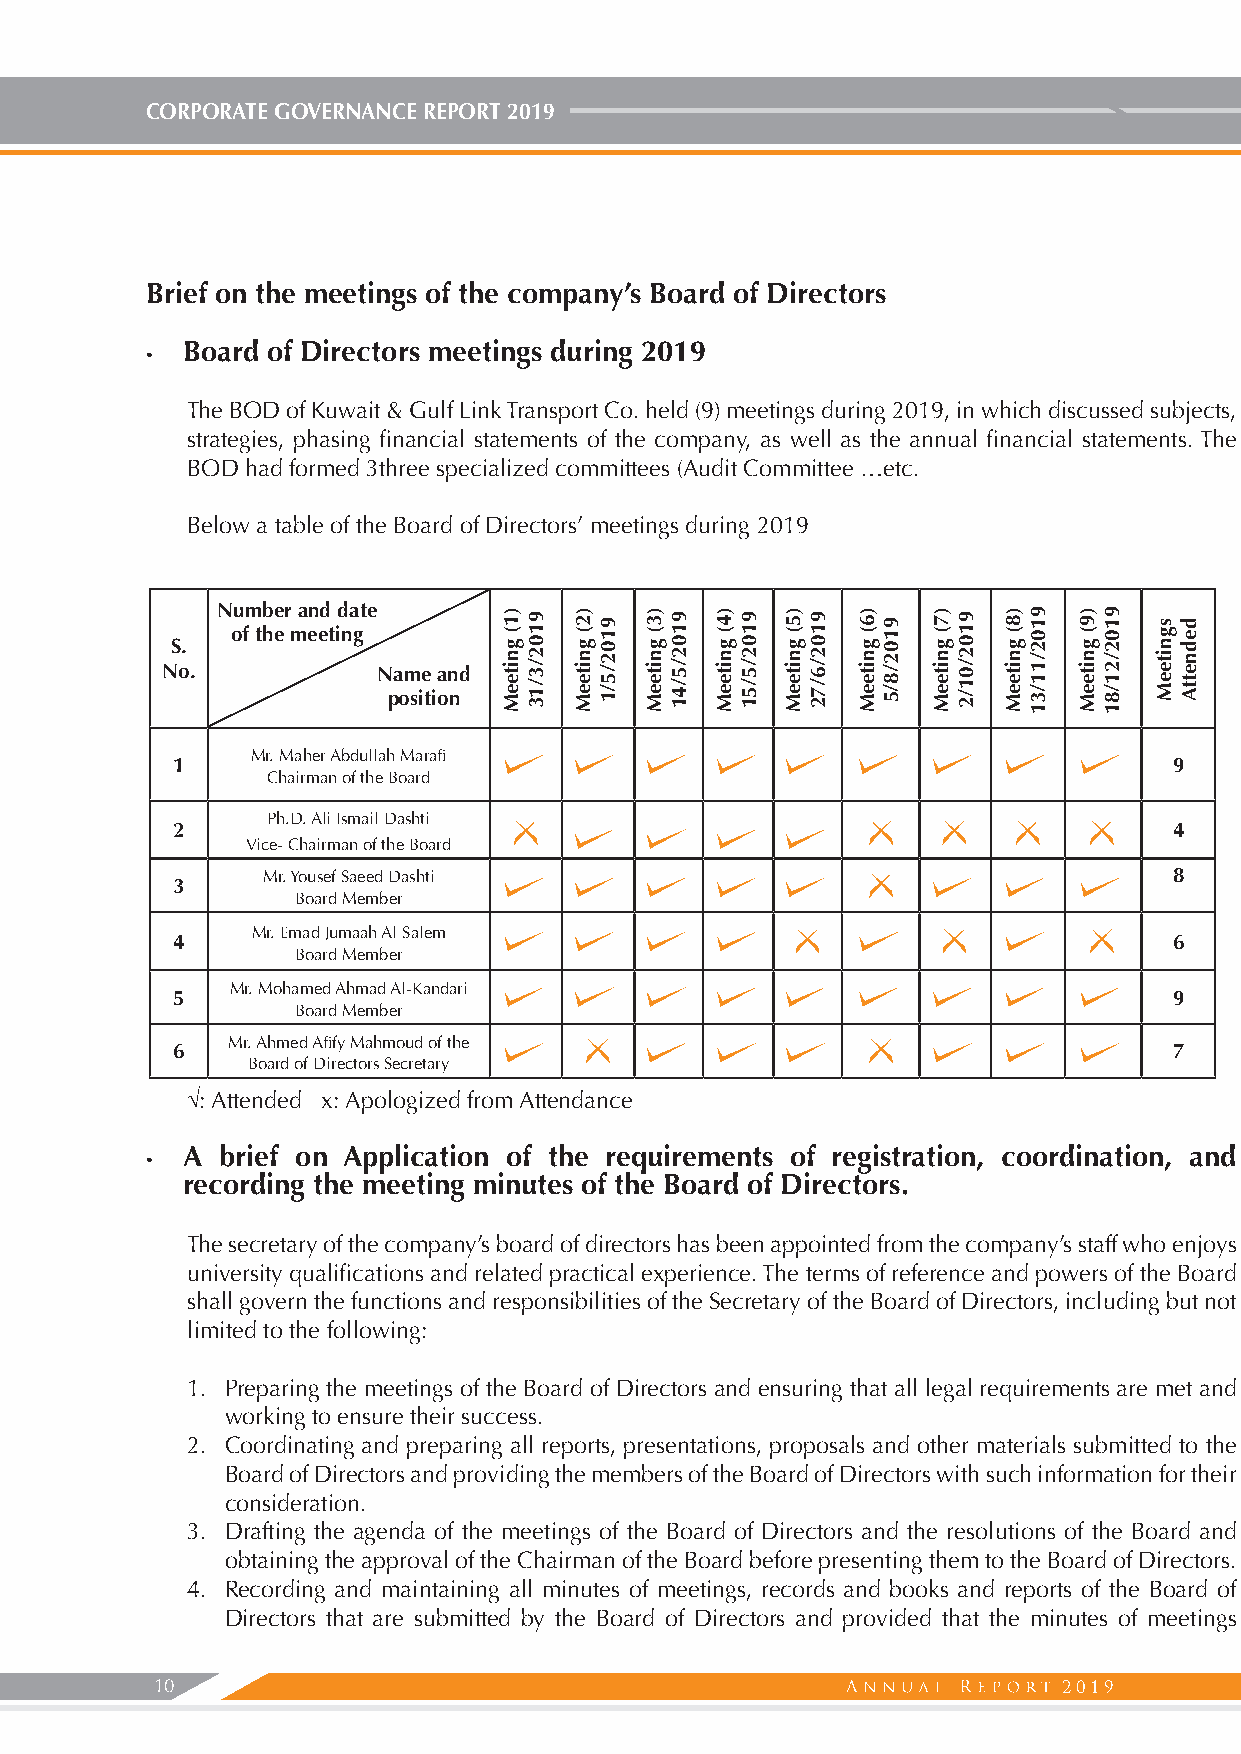
CORPORATE GOVERNANCE REPORT 2019
 Brief on the meetings of the company’s Board of Directors
 Board of Directors meetings during 2019
 •
 The BOD of Kuwait & Gulf Link Transport Co. held (9) meetings during 2019, in which discussed subjects,
 strategies, phasing financial statements of the company, as well as the annual financial statements. The
 BOD had formed 3three specialized committees (Audit Committee …etc.
 Below a table of the Board of Directors’ meetings during 2019
 Number and date
 of the meeting
 S.
 No.           Name and
 position
 Mr. Maher Abdullah Marafi
 1                                                                  9
 Chairman of the Board
 Ph.D. Ali Ismail Dashti
 2                                                                  4
 Vice- Chairman of the Board
 Mr. Yousef Saeed Dashti                                      8
 3
 Board Member
 Mr. Emad Jumaah Al Salem
 4                                                                  6
 Board Member
 Mr. Mohamed Ahmad Al-Kandari
 5                                                                  9
 Board Member
 Mr. Ahmed Afify Mahmoud of the
 6                                                                  7
 Board of Directors Secretary
 √: Attended x: Apologized from Attendance
 A  brief on Application of the requirements of registration, coordination, and
 •
 recording the meeting minutes of the Board of Directors.
 The secretary of the company’s board of directors has been appointed from the company’s staff who enjoys
 university qualifications and related practical experience. The terms of reference and powers of the Board
 shall govern the functions and responsibilities of the Secretary of the Board of Directors, including but not
 limited to the following:
 1. Preparing the meetings of the Board of Directors and ensuring that all legal requirements are met and
 working to ensure their success.
 2. Coordinating and preparing all reports, presentations, proposals and other materials submitted to the
 Board of Directors and providing the members of the Board of Directors with such information for their
 consideration.
 3. Drafting the agenda of the meetings of the Board of Directors and the resolutions of the Board and
 obtaining the approval of the Chairman of the Board before presenting them to the Board of Directors.
 4. Recording and maintaining all minutes of meetings, records and books and reports of the Board of
 Directors that are submitted by the Board of Directors and provided that the minutes of meetings
 10                                                          2019
 )1(
 gniteeM
 9102/3/13 )2(
 gniteeM
 9102/5/1 )3(
 gniteeM
 9102/5/41 )4(
 gniteeM
 9102/5/51 )5(
 gniteeM
 9102/6/72 )6(
 gniteeM
 9102/8/5 )7(
 gniteeM
 9102/01/2 )8(
 gniteeM
 9102/11/31 )9(
 gniteeM
 9102/21/81 sgniteeM dednettA